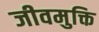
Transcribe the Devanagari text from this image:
जीवमुक्ति